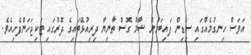
އަވަސް ހިނގުމެއްގައި ސިޑިން ފައިބަމުން ޝާމް ގޮސް ތާނިޔާ ދިރިއުޅޭބައިގެ ދޮރުގައި ޓަކިޖަހަންފެށިއެވެ.